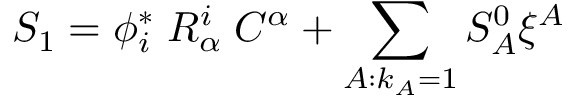
S _ { 1 } = \phi _ { i } ^ { * } \; R _ { \alpha } ^ { i } \; C ^ { \alpha } + \sum _ { A : k _ { A } = 1 } S _ { A } ^ { 0 } \xi ^ { A }